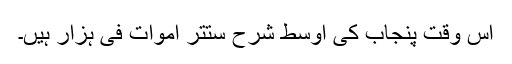
اس وقت پنجاب کی اوسط شرح ستتر اموات فی ہزار ہیں۔